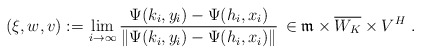
\begin{align*} (\xi, w, v) :=\, & \lim\limits_{i\to\infty} \frac{ \Psi(k_i,y_i) - \Psi(h_i,x_i) } {\| \Psi(k_i,y_i) - \Psi(h_i,x_i) \|} \, \in \mathfrak{m} \times \overline{W_{K}} \times V^H \ . \end{align*}